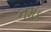
નમક